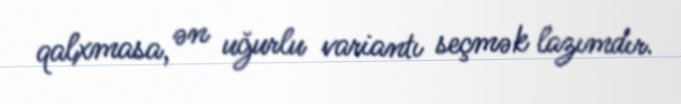
qalxmasa, ən uğurlu variantı seçmək lazımdır.